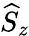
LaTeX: \widehat{S}_{z}